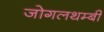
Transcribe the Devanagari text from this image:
जोगलथम्बी